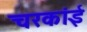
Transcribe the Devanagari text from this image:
चरकांई